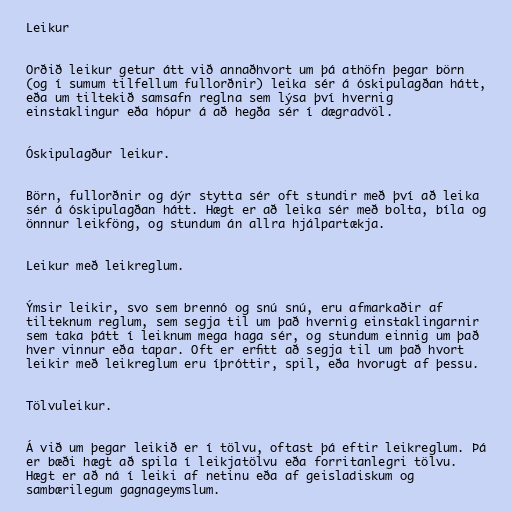
Leikur

Orðið leikur getur átt við annaðhvort um þá athöfn þegar börn
(og í sumum tilfellum fullorðnir) leika sér á óskipulagðan hátt,
eða um tiltekið samsafn reglna sem lýsa því hvernig
einstaklingur eða hópur á að hegða sér í dægradvöl.

Óskipulagður leikur.

Börn, fullorðnir og dýr stytta sér oft stundir með því að leika
sér á óskipulagðan hátt. Hægt er að leika sér með bolta, bíla og
önnnur leikföng, og stundum án allra hjálpartækja.

Leikur með leikreglum.

Ýmsir leikir, svo sem brennó og snú snú, eru afmarkaðir af
tilteknum reglum, sem segja til um það hvernig einstaklingarnir
sem taka þátt í leiknum mega haga sér, og stundum einnig um það
hver vinnur eða tapar. Oft er erfitt að segja til um það hvort
leikir með leikreglum eru íþróttir, spil, eða hvorugt af þessu.

Tölvuleikur.

Á við um þegar leikið er í tölvu, oftast þá eftir leikreglum. Þá
er bæði hægt að spila í leikjatölvu eða forritanlegri tölvu.
Hægt er að ná í leiki af netinu eða af geisladiskum og
sambærilegum gagnageymslum.